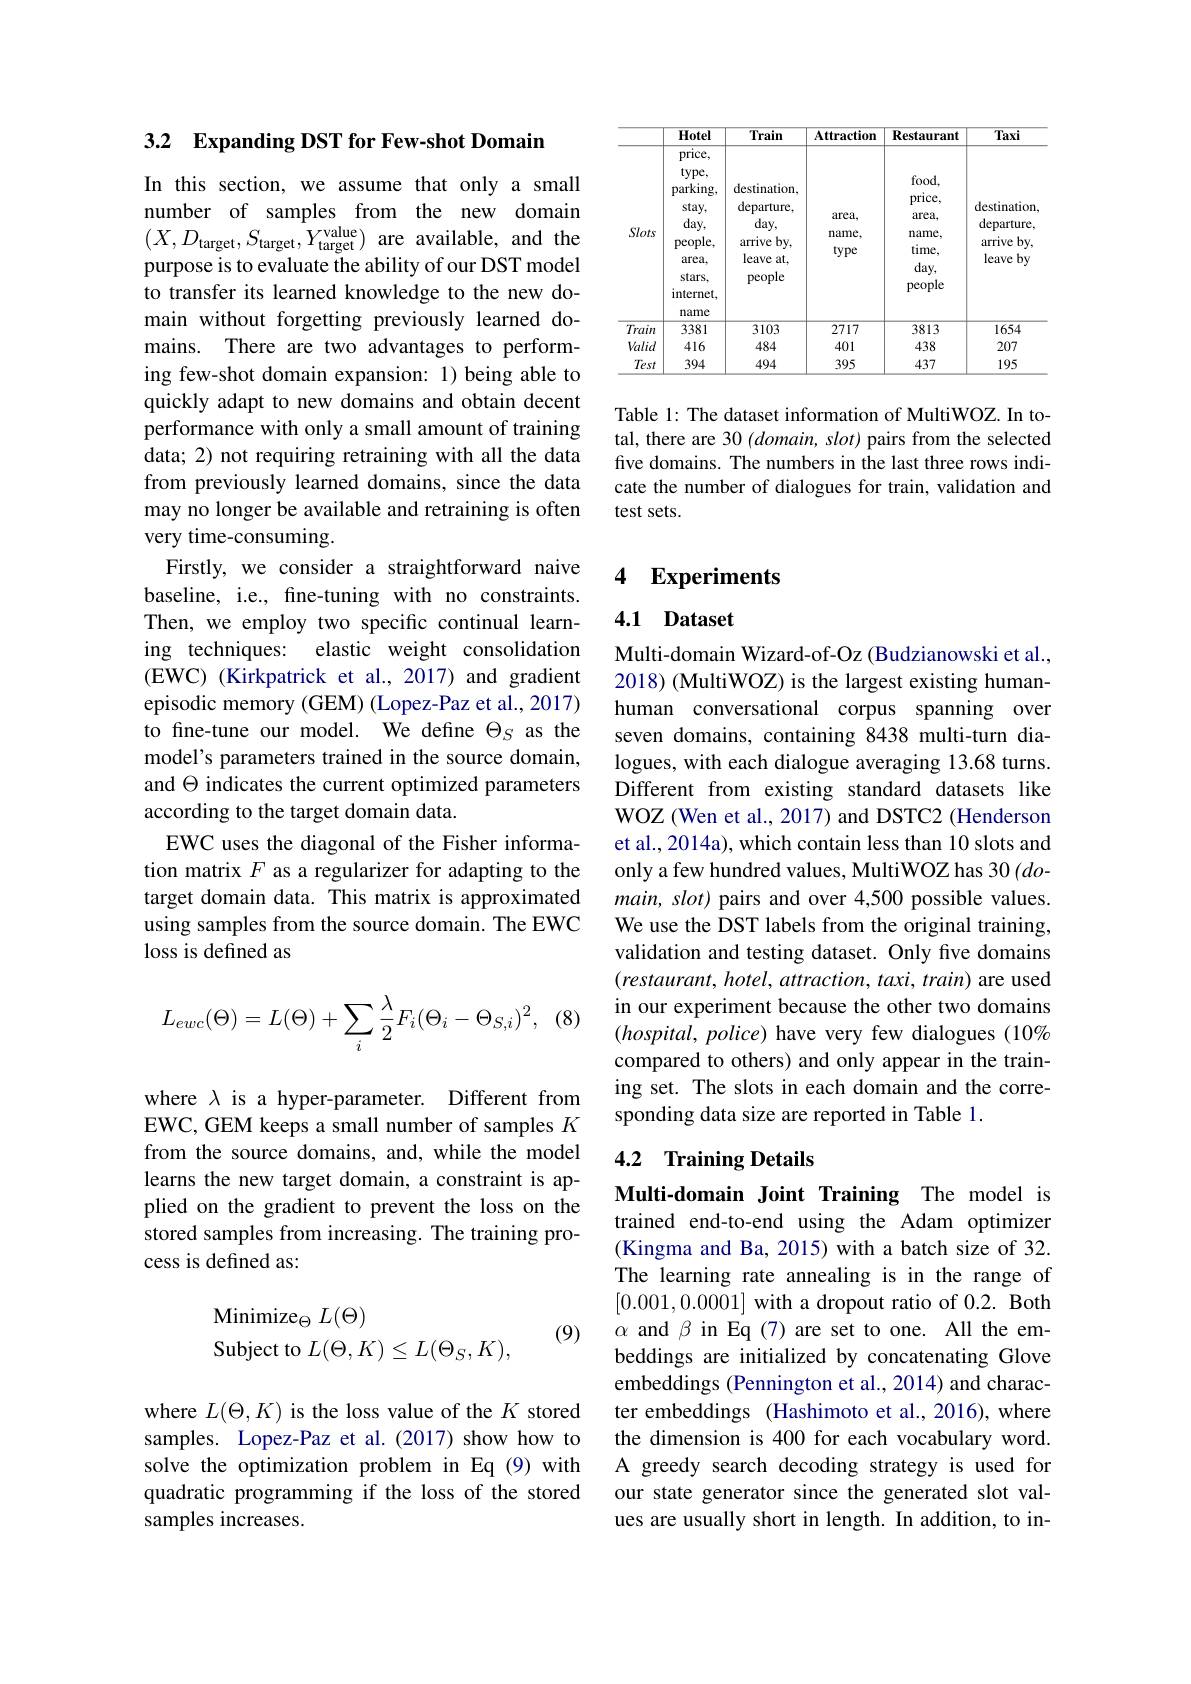
3.2 $\textbf{Expanding DST for Few- shot Domain}$

In this section, we assume that only a small number of samples from the new domain $(X,D_{\mathrm{target}},S_{\mathrm{target}},Y_{\mathrm{target}}^{\mathrm{value}})$ are available, and the purpose is to evaluate the ability of our DST model to transfer its learned knowledge to the new domain without forgetting previously learned domains. There are two advantages to performing few-shot domain expansion: 1) being able to quickly adapt to new domains and obtain decent performance with only a small amount of training data; 2) not requiring retraining with all the data from previously learned domains, since the data may no longer be available and retraining is often very time-consuming.
Firstly, we consider a straightforward naive baseline, i.e., fine-tuning with no constraints. Then, we employ two specific continual learning techniques: elastic weight consolidation (EWC) (Kirkpatrick et al., 2017) and gradient episodic memory (GEM) (Lopez-Paz et al., 2017) to fine-tune our model. We define $\Theta_S$ as the model's parameters trained in the source domain, and $\Theta$ indicates the current optimized parameters according to the target domain data.
EWC uses the diagonal of the Fisher information matrix $F$ as a regularizer for adapting to the target domain data. This matrix is approximated using samples from the source domain. The EWC loss is defined as

 , (8)
$$L_{ewc}(\Theta)=L(\Theta)+\sum_{i}\frac{\lambda}{2}F_{i}(\Theta_{i}-\Theta_{S,i})^{2},$$
where $\lambda$ is a hyper-parameter. Different from EWC, GEM keeps a small number of samples $K$ from the source domains, and, while the model learns the new target domain, a constraint is applied on the gradient to prevent the loss on the stored samples from increasing. The training process is defined as:
$$\begin{array}{l}\text{Minimize}_\Theta\:L(\Theta)\\\text{Subject to}\:L(\Theta,K)\leq L(\Theta_S,K),\end{array}$$
(9)

where $L(\Theta,K)$ is the loss value of the $K$ stored samples. Lopez-Paz et al.(2017) show how to solve the optimization problem in Eq (9) with quadratic programming if the loss of the stored samples increases.

<table>
	<tbody>
		<tr>
			<th> </th>
			<th>Hotel</th>
			<th>Train</th>
			<th>Attraction</th>
			<th>Restaurant</th>
			<th>Taxi</th>
		</tr>
		<tr>
			<td>Slots</td>
			<td>price, $type$, $parking$, stay, $day$, $people$, area, stars, internet, name</td>
			<td>destination departure, $day$, arrive by, leave at, people</td>
			<td>area, name, type</td>
			<td>$food$, price, $\operatorname{area,}$ name, time, $day$, people</td>
			<td>destination departure, arrive by, leave by</td>
		</tr>
		<tr>
			<td>Train</td>
			<td>3381</td>
			<td>3103</td>
			<td>2717</td>
			<td>3813</td>
			<td>1654</td>
		</tr>
		<tr>
			<td>Valid</td>
			<td>416</td>
			<td>484</td>
			<td>401</td>
			<td>438</td>
			<td>207</td>
		</tr>
		<tr>
			<td>Test</td>
			<td>394</td>
			<td>494</td>
			<td>395</td>
			<td>437</td>
			<td>195</td>
		</tr>
	</tbody>
</table>

Table 1: The dataset information of MultiWOZ. In total, there are 30 ( domain, slot) pairs from the selected five domains. The numbers in the last three rows indicate the number of dialogues for train, validation and test sets.

# 4 Experiments

### 4.1 Dataset

Multi-domain Wizard-of-Oz (Budzianowski et al., 2018) (MultiWOZ) is the largest existing humanhuman conversational corpus spanning over seven domains, containing 8438 multi-turn dialogues, with each dialogue averaging 13.68 turns. Different from existing standard datasets like WOZ (Wen et al., 2017) and DSTC2 (Henderson et al., 2014a), which contain less than 10 slots and only a few hundred values, MultiWOZ has 30 (domain, slot) pairs and over 4,500 possible values. We use the DST labels from the original training, validation and testing dataset. Only five domains $(restaurant,hotel,attraction,taxi,train)$ are used in our experiment because the other two domains $(hospital,police)$ have very few dialogues (10% compared to others) and only appear in the training set. The slots in each domain and the corresponding data size are reported in Table 1.

### 4.2 Training Details

Multi-domain Joint Training The model is trained end-to-end using the Adam optimizer (Kingma and Ba, 2015) with a batch size of 32. The learning rate annealing is in the range of [0.001,0.0001] with a dropout ratio of 0.2. Both $\alpha$ and $\beta$ in Eq (7) are set to one. All the embeddings are initialized by concatenating Glove embeddings (Pennington et al., 2014) and character embeddings (Hashimoto et al.,2016), where the dimension is 400 for each vocabulary word. A greedy search decoding strategy is used for our state generator since the generated slot values are usually short in length. In addition, to in-